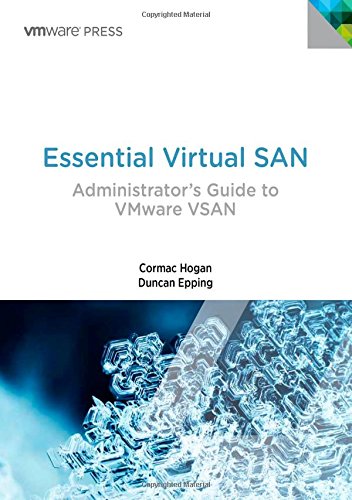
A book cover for Essential Virtual SAN (VSAN): Administrator's Guide to VMware Virtual SAN (VMware Press Technology); Cormac Hogan; Computers & Technology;